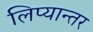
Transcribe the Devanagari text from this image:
लिप्यान्तर